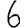
Digit: 6